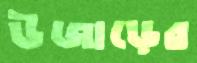
উজাড়ের